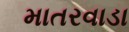
માતરવાડા